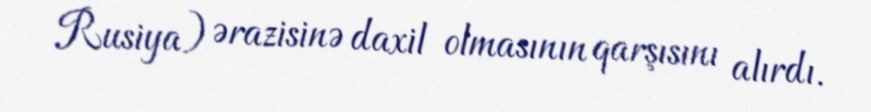
Rusiya) ərazisinə daxil olmasının qarşısını alırdı.